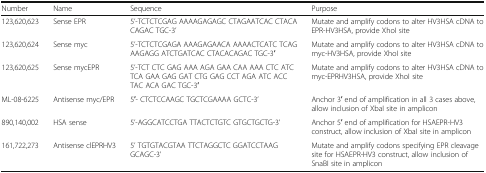
| Number | Name | Sequence | Purpose |
 | --- | --- | --- | --- |
 | 123,620,623 | Sense EPR | 5’-TCTCTCGAG AAAAGAGAGC CTAGAATCAC CTACACAGAC TGC-3’ | Mutate and amplify codons to alter HV3HSA cDNA to EPR-HV3HSA, provide XhoI site |
 | 123,620,624 | Sense myc | 5’-TCTCTCGAGA AAAGAGAACA AAAACTCATC TCAGAAGAGG ATCTGATCAC CTACACAGAC TGC-3′ | Mutate and amplify codons to alter HV3HSA cDNA to myc-HV3HSA, provide XhoI site |
 | 123,620,625 | Sense mycEPR | 5’-TCT CTC GAG AAA AGA GAA CAA AAA CTC ATC TCA GAA GAG GAT CTG GAG CCT AGA ATC ACC TAC ACA GAC TGC-3′ | Mutate and amplify codons to alter HV3HSA cDNA to myc-EPRHV3HSA, provide XhoI site |
 | ML-08-6225 | Antisense myc/EPR | 5′- CTCTCCAAGC TGCTCGAAAA GCTC-3’ | Anchor 3′ end of amplification in all 3 cases above, allow inclusion of XbaI site in amplicon |
 | 890,140,002 | HSA sense | 5’-AGGCATCCTGA TTACTCTGTC GTGCTGCTG-3’ | Anchor 5′ end of amplification for HSAEPR-HV3 construct, allow inclusion of XbaI site in amplicon |
 | 161,722,273 | Antisense clEPRHV3 | 5’ TGTGTACGTAA TTCTAGGCTC GGATCCTAAG GCAGC-3’ | Mutate and amplify codons specifying EPR cleavage site for HSAEPR-HV3 construct, allow inclusion of SnaBI site in amplicon |